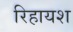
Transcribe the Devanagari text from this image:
रिहायश